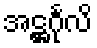
အဋ္ဌင်္ဂုလိ